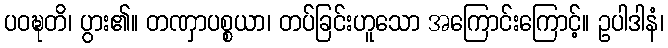
ပဝဍ္ဎတိ၊ ပွား၏။ တဏှာပစ္စယာ၊ တပ်ခြင်းဟူသော အကြောင်းကြောင့်။ ဥပါဒါနံ၊